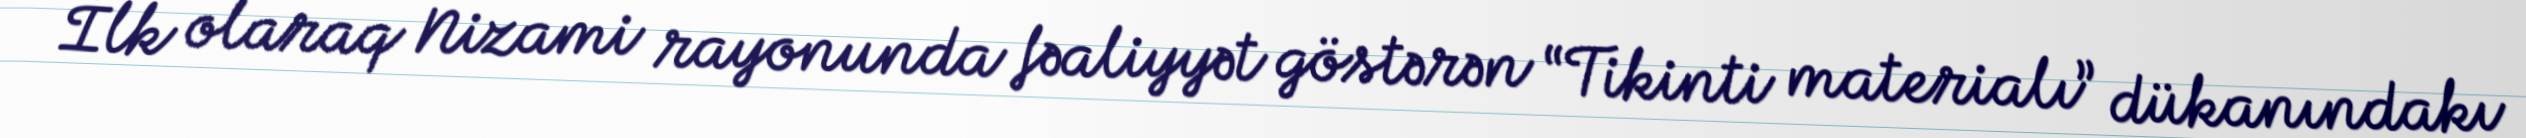
İlk olaraq Nizami rayonunda fəaliyyət göstərən “Tikinti materialı” dükanındakı